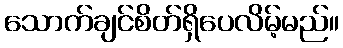
သောက်ချင်စိတ်ရှိပေလိမ့်မည်။